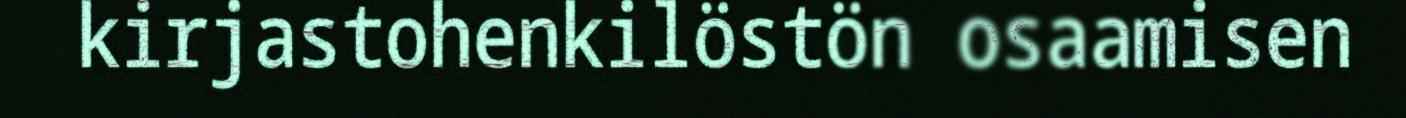
kirjastohenkilöstön osaamisen